Annual report of the Punjab Veterinary College and of the Civil Veterinary Department, Punjab - 1920-1925
Year: 1920
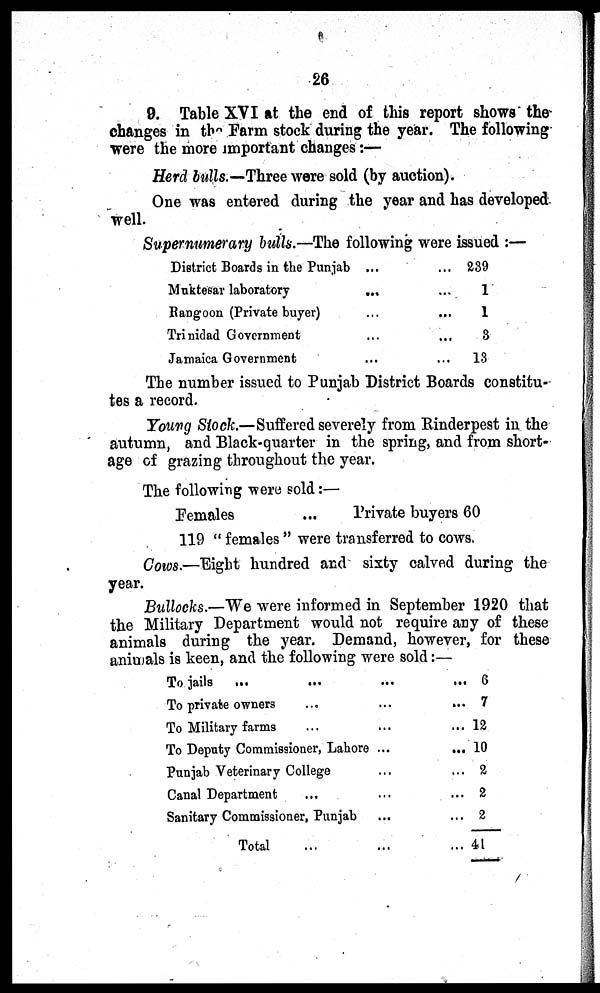
26
9. Table XVI at the end of this report shows the
changes in tbe Farm stock during the year. The following
were the more important changes:—
Herd bulls.—Three were sold (by auction).
One was entered during the year and has developed
well.
Supernumerary bulls.—The following were issued:—
District Boards in the Punjab......
Muktesar laboratory
......
Rangoon (Private buyer)
......
Trinidad Government...
...
Jamaica Government
......
239
1
1
3
13
The number issued to Punjab District Boards constitu-
tes a record.
Young Stock.—Suffered severely from Rinderpest in the
autumn, and Black-quarter in the spring, and from short-
age of grazing throughout the year.
The following were sold:—
Females
...
Private buyers 60
119 "females" were transferred to cows.
Cows.—Eight hundred and sixty calved during the
year.
Bullocks.—We were informed in September 1920 that
the Military Department would not require any of these
animals during the year. Demand, however, for these
animals is keen, and the following were sold:—
To jails ...
...
...
...
To private owners
...... ...
To Military farms
.........
To Deputy Commissioner, Lahore...
...
Punjab Veterinary College......
Canal Department......
Sanitary Commissioner, Punjab......
Total... ...
6
7
12
10
2
2
2
41